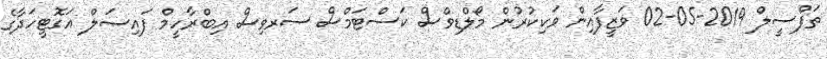
ތަފްސީލް 2019-05-02 ވަޒީފާއިން ވަކިކުރުން މޯލްޑިވްސް ކަސްޓަމްސް ސަރވިސް އިބްރާހީމް ފައިޞަލް އަގޮޓީހަދާގެ